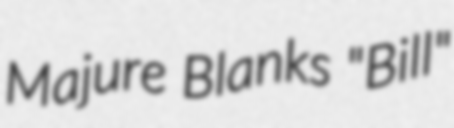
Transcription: Majure Blanks "Bill"